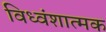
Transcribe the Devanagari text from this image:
विध्वंशात्मक